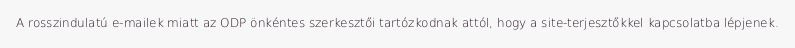
A rosszindulatú e-mailek miatt az ODP önkéntes szerkesztői tartózkodnak attól, hogy a site-terjesztőkkel kapcsolatba lépjenek.